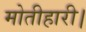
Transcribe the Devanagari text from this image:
मोतीहारी।